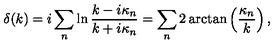
\delta ( k ) = i \sum _ { n } \ln \frac { k - i \kappa _ { n } } { k + i \kappa _ { n } } = \sum _ { n } 2 \arctan \left( \frac { \kappa _ { n } } k \right) ,